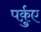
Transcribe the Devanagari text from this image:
पर्क़ुए